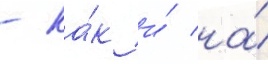
- ка́к и́ на́